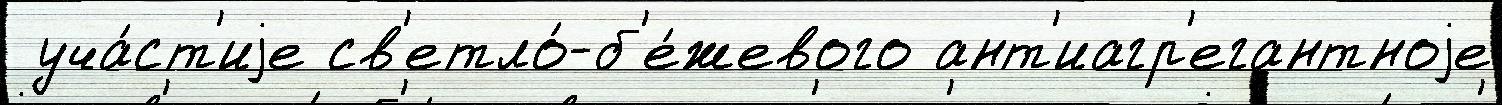
 уча́ст'иjе св'етло́-б'е́жевого ант'иагр'егантноjе